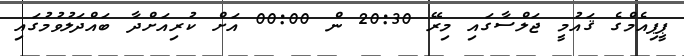
ޕީޕިއެމްގެ ޤައުމީ ޖަލްސާގައި މިރޭ 20:30 ން 00:00 އަށް ކުރިއަށްދާ ބައްދަލުވުމުގައި